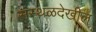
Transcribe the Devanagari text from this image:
संस्थळदेखील